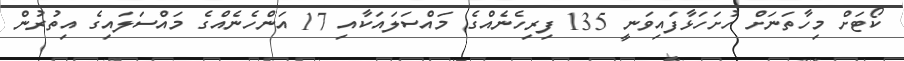
ކޯޓަށް މިހާތަނަށް ހުށަހަޅާފައިވަނީ 135 ފިރިހެނެއްގެ މައްސަލައަކާއި 17 އަންހެނެއްގެ މައްސަލައިގެ އިތުރުން